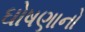
ઘોષણાનો